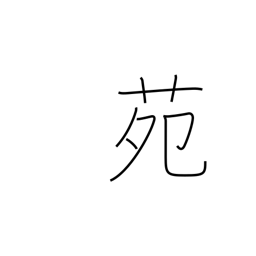
Meaning: park